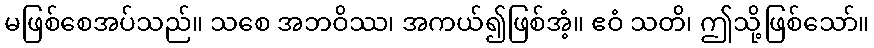
မဖြစ်စေအပ်သည်။ သစေ အဘဝိဿ၊ အကယ်၍ဖြစ်အံ့။ ဧဝံ သတိ၊ ဤသို့ဖြစ်သော်။